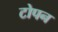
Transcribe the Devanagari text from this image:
टोपन